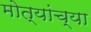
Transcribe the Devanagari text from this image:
मोत्यांच्या